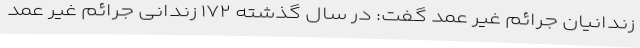
زندانیان جرائم غیر عمد گفت: در سال گذشته ۱۷۲ زندانی جرائم غیر عمد